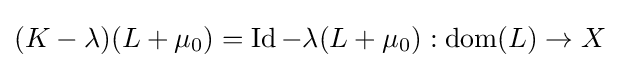
(K-\lambda )(L+\mu _{0})=\operatorname {Id} -\lambda (L+\mu _{0}):\operatorname {dom} (L)\to X